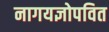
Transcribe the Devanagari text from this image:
नागयज्ञोपवित